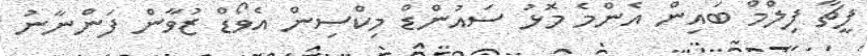
ފީޗާ ފިލްމް ބައިން އެންމެ މޮޅު ސައުންޑް މިކްސިން އެވޯޑް ޒުވާން ފަންނާނު